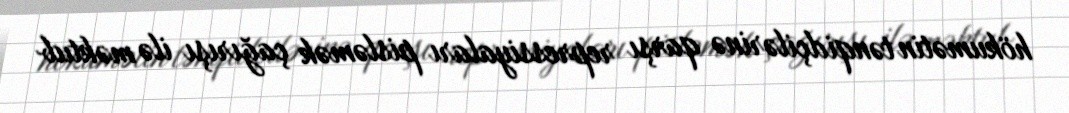
hökumətin tənqidçilərinə qarşı repressiyaları pisləmək çağırışı ilə məktub